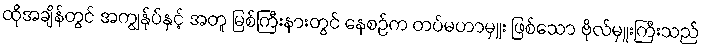
ထိုအချိန်တွင် အကျွန်ုပ်နှင့် အတူ မြစ်ကြီးနားတွင် နေစဉ်က တပ်မဟာမှူး ဖြစ်သော ဗိုလ်မှူးကြီးသည်